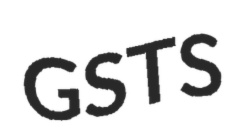
GSTS